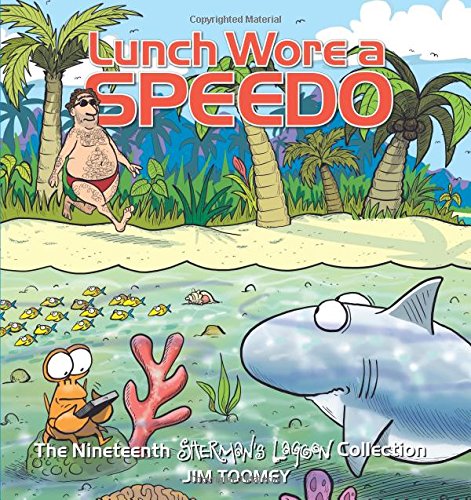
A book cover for Lunch Wore a Speedo: The Nineteenth Sherman's Lagoon Collection; Jim Toomey; Comics & Graphic Novels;